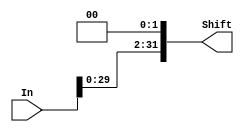
module Shift2(In , Shift);
	input [31:0] In;
	output[31:0] Shift;
	
	assign Shift = In << 2;
endmodule